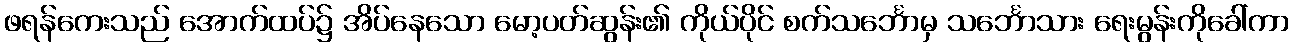
ဖရန်ကေးသည် အောက်ထပ်၌ အိပ်နေသော မော့ပတ်ဆွန်း၏ ကိုယ်ပိုင် စက်သင်္ဘောမှ သင်္ဘောသား ရေးမွန်းကိုခေါ်ကာ